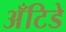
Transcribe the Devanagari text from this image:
अँटिडे